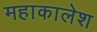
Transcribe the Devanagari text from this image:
महाकालेश